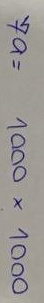
79 = 1000 x 1000